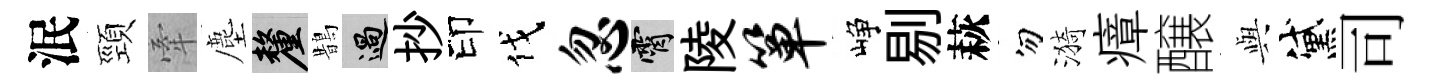
泯頸牽塵厘鵲過抄印伐忽霄陵箪峥剔萩勿漪瘴醸𫤰黛司